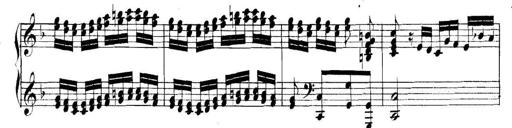
Title: Collected Piano Sonatas
Composer: Muzio Clementi